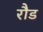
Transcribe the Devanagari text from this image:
रौड